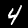
Label: 4